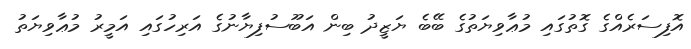
އޮފިސަރެއްގެ ގޮތުގައި މުޢާވިޔަތުގެ ބޭބެ ޔަޒީދު ބިން އަބޫސުފިޔާނުގެ އަރިހުގައި އަމީރު މުޢާވިޔަތު